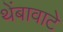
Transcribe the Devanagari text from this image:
थेंबावाटे